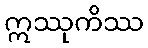
ဣဿုကိဿ